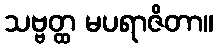
သဗ္ဗတ္ထ မပရာဇိတာ။